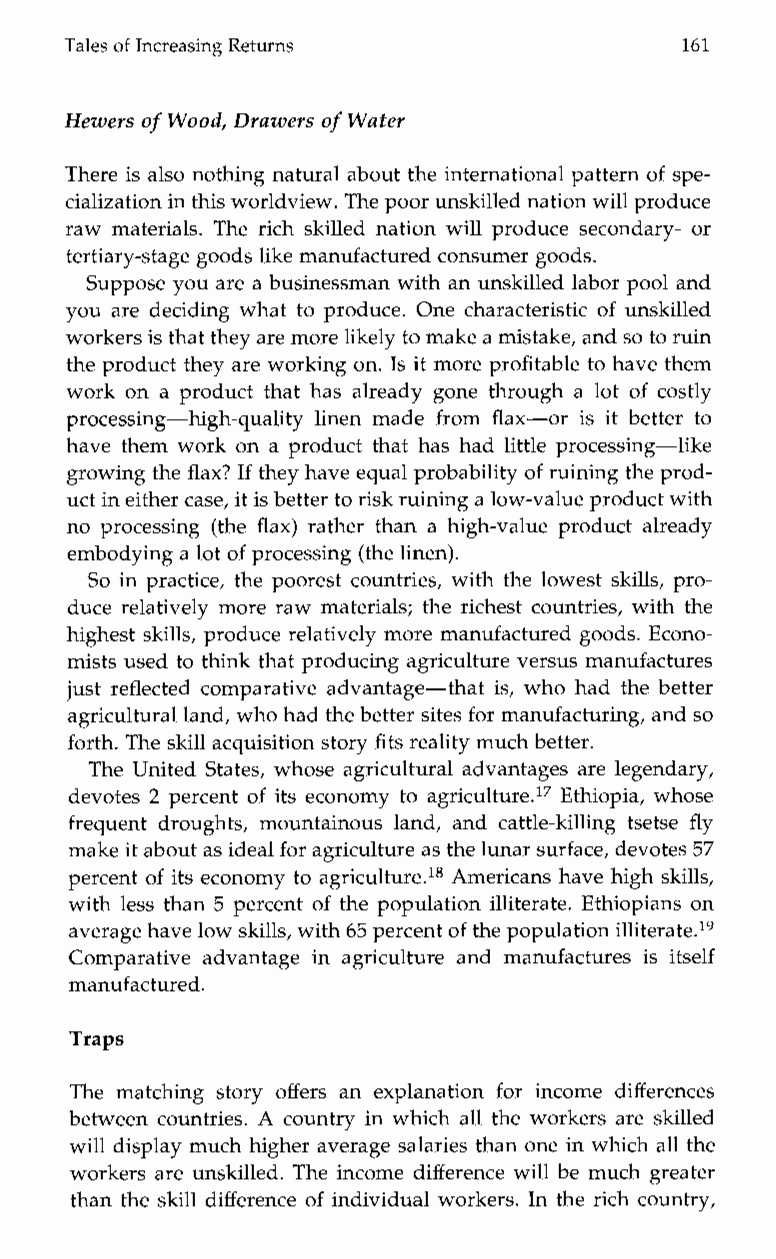
Tales of Increasing Returns              161
 Hewers of Wood, Drawers of Water
 There is also nothing natural about the international pattern of spe-
 cialization in this worldviewT. he poor unskilled nationw ill produce
 raw materials. The rich skilled nation will produce secondary- or
 tertiary-stage goods like manufactured consumer goods.
 Suppose you are a businessman with an unskilledl abor pool and
 you are deciding what to produce. One characteristic of unskilled
 workers is that they are morel ikely to make am istake, and so to ruin
 the product they are working on. Is it more profitable to have them
 work on a product that has already gone through a lot of costly
 processing-high-quality linen made from flax-or is it better to
 have them work on a product that has had little processing-like
 growing the flax? If they have equal probability of ruining the prod-
 uct in either case, it is better to risk ruining a low-value product with
 no processing (the flax) rather than a high-value product already
 embodying a lot of processing (the linen).
 So in practice, the poorest countries, with the lowest skills, pro-
 duce relatively more raw materials; the richest countries, with the
 highest skills, produce relatively more manufactured goods. Econo-
 mists used to think that producing agriculture versus manufactures
 just reflected comparative advantage-that is, who had the better
 agricultural land, who had theb etter sites for manufacturing, and so
 forth. The skill acquisition story fits reality much better.
 The United States, whose agricultural advantages are legendary,
 devotes 2 percent of its economy to agricu1t~re.El~th iopia, whose
 frequentd roughts,m ountainousl and,a nd cattle-killing tsetse fly
 make it about as ideaflo r agriculture as the lunars urface, devotes 57
 percent of its economy to agriculture.18 Americans have high skills,
 with less than 5 percent of the population illiterate. Ethiopians on
 average have lows kills, with 65 percent of the populationi lliterate.I9
 Comparativea dvantagei na griculture and manufacturesi s itself
 manufactured.
 Traps
 The matchings tory offers an explanation for income differences
 between countries. A country in which all the workers are skilled
 will display much higher average salaries than one in which all the
 workers are unskilled. The income difference will be much greater
 than the skill difference of individual workers. In the rich country,